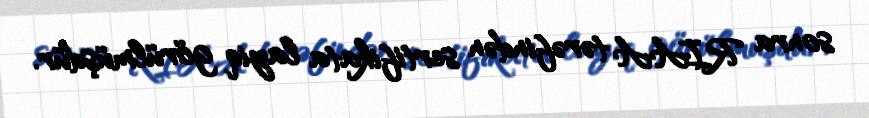
sonra RIAA tərəfindən sertifikata layiq görülmüşdür.